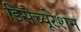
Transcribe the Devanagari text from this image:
डिसैच्यूरेशन